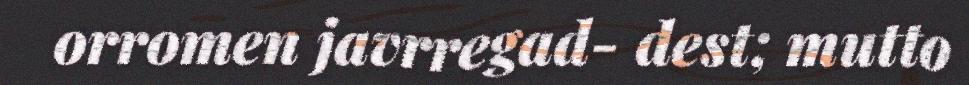
orromen javrregad- dest; mutto